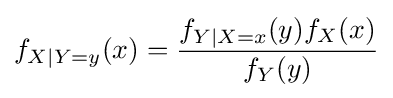
f_{X|Y{=}y}(x)={\frac {f_{Y|X{=}x}(y)f_{X}(x)}{f_{Y}(y)}}